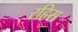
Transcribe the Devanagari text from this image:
रहिस